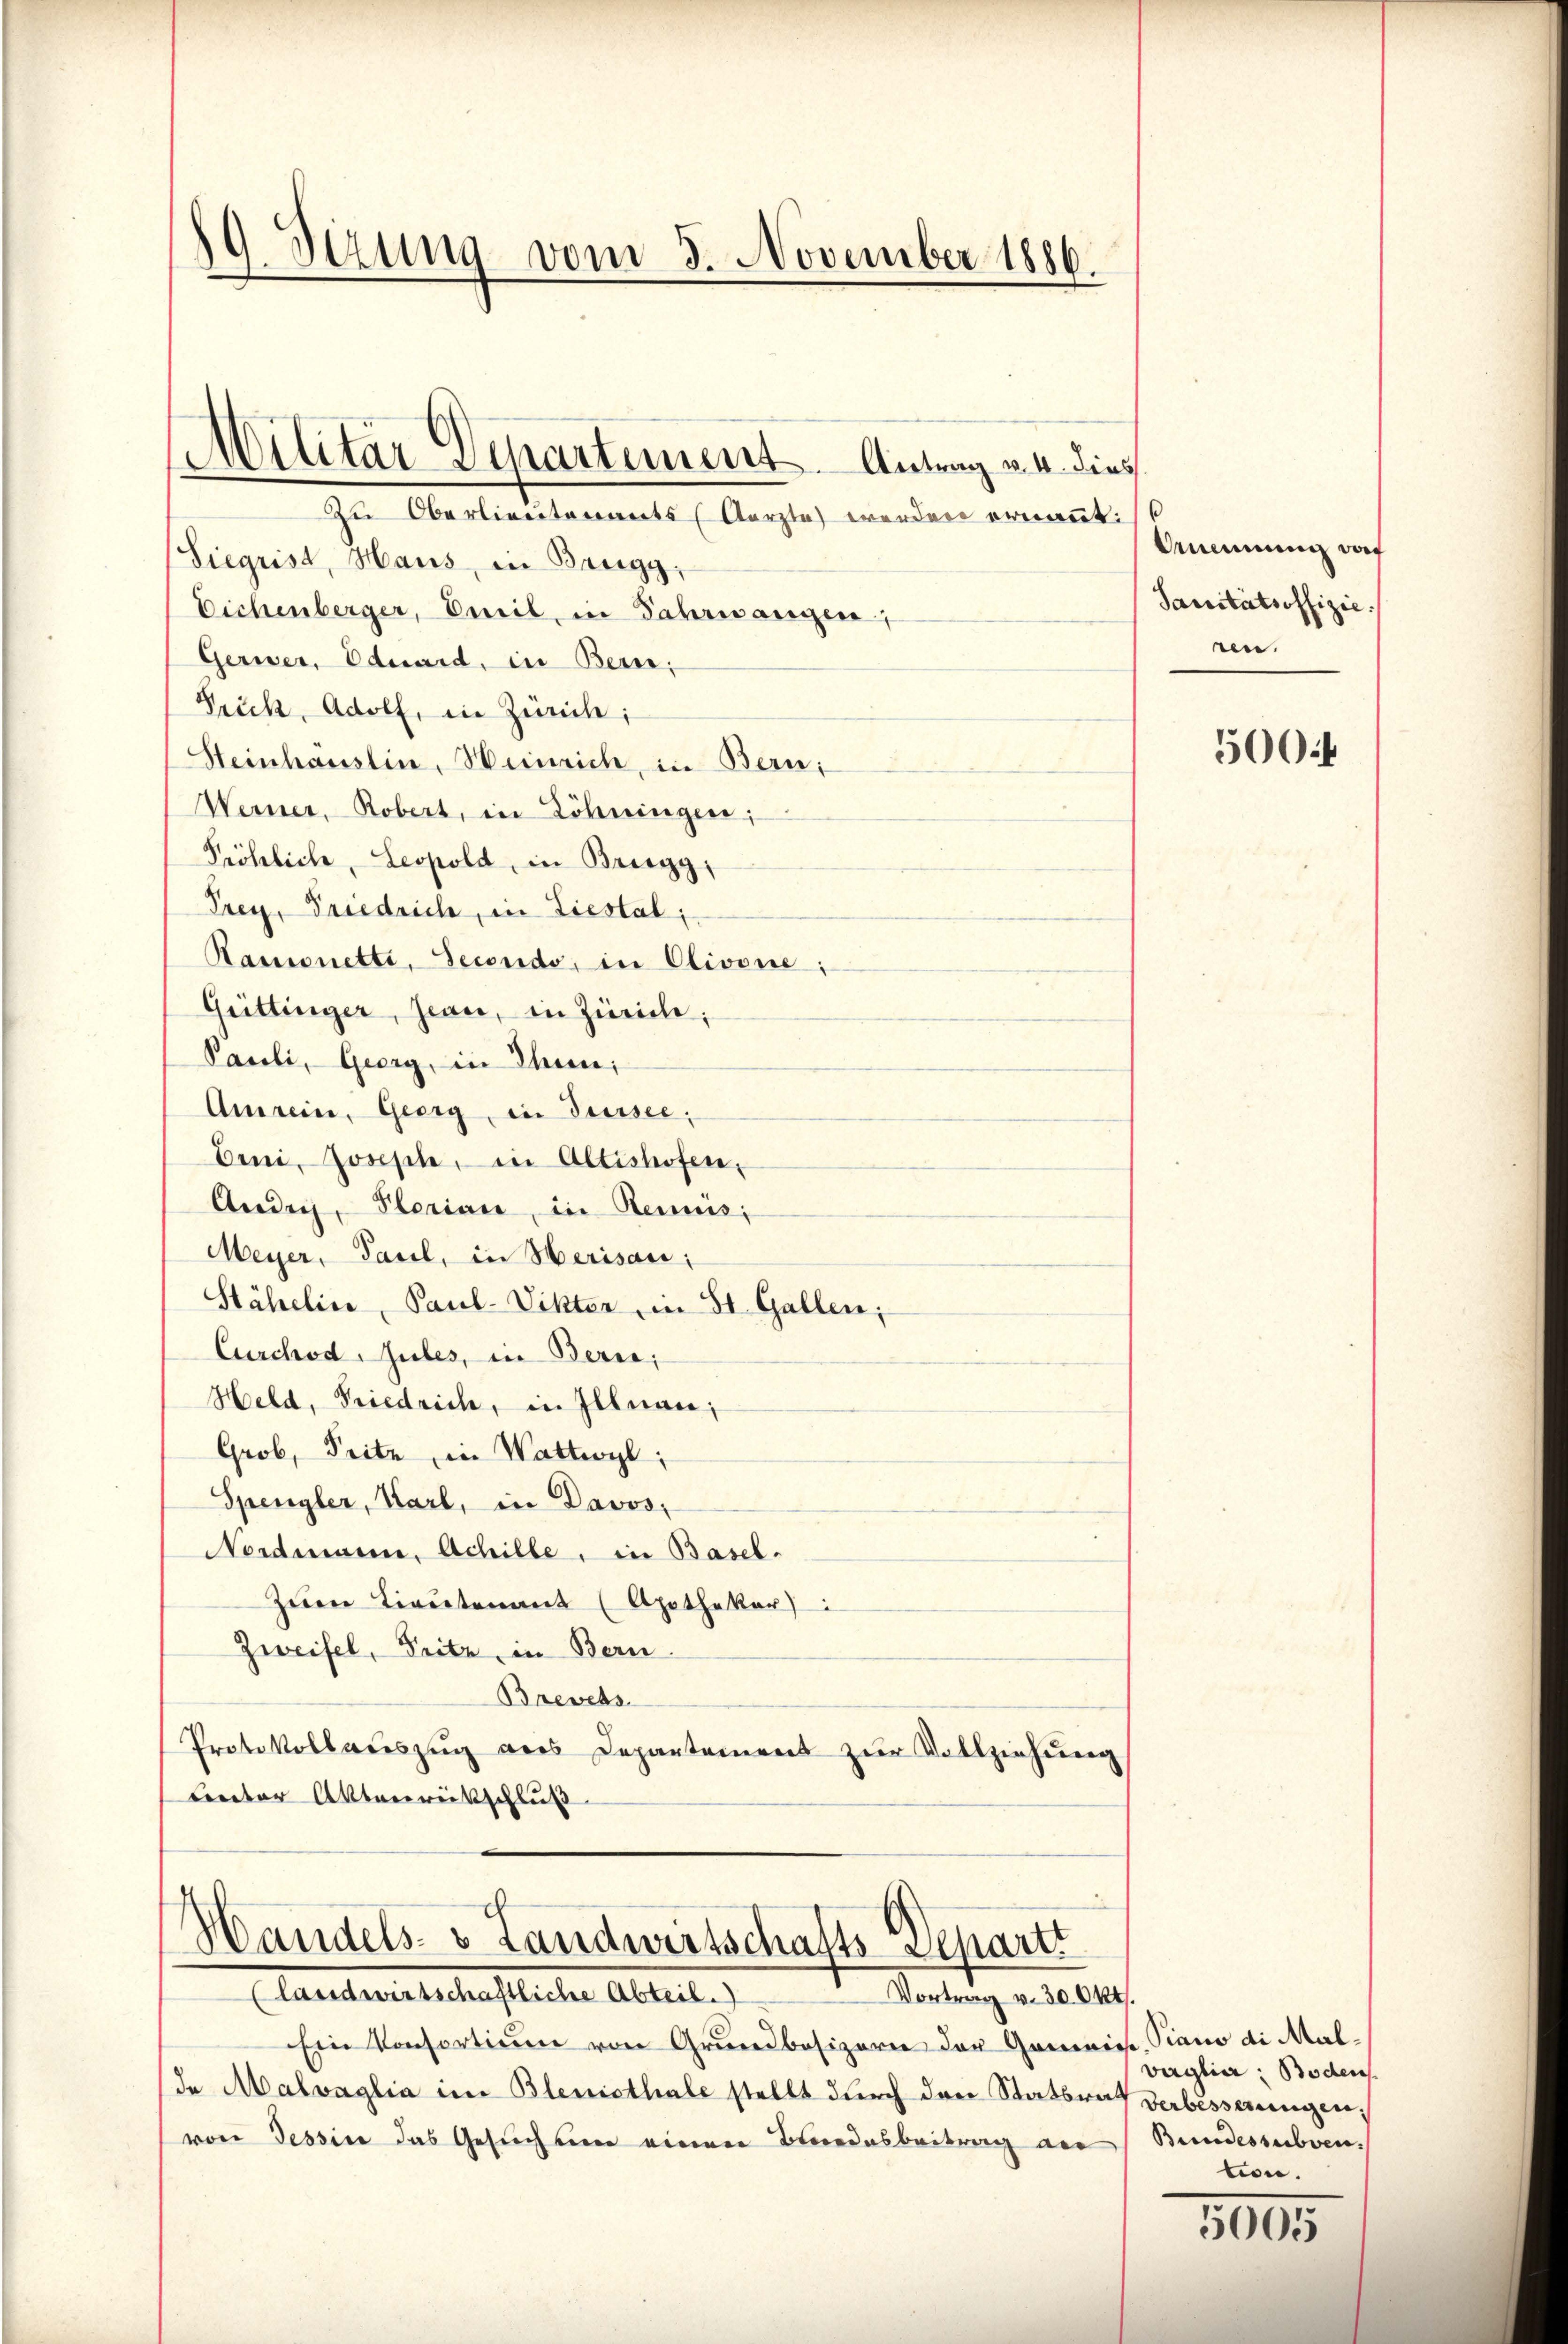
9 Sizung vom 3. November 1886.

.
lilitar Departement. Antrag u. 4. dies

Zu Oberlieutenants (Aerzte werden ernannt:
(Siegrist, Haus, in Brugg,
Eichenberger, Emil, in Jahrwangen;
Gerwer, Eduard, in Bern;
Prück, Adolf, in Zürich;
Steinhauslin, Weinrich, in Bern;
Werner, Robert, in Zöhningen;
Pröhlich, Leopold, in Bregg,
Prey, Friedrich, in Liestal
Ramonetti, Secondo, in Olivone;
Grittinger, Jean, in Zürich;
Pauli, Georg, in Thun,
Amrein, Georg, in Sursee,
Erni, Joseph, in Altishofen,
Ander, Perian, in Rennis;
Meyer, Pasel, in Herisau:
Stähelin, Paul-Vikter in St. Gallen;
Curchodules, in Bern,
Held, Friedrich, in Illnau;
Grob, Seite, in Wattwyl,
Spengler, Karl, in Davos-
Nordmann, Achille, in Basel-
Zum Lieutenant (Apothekar
Zweifel, Pritz, in Bern.
Brevets
Protokollaŭszŭg ans Departement zŭr Vollziehŭng
Crector Aktenreitschluß

Handels- & Landwirtschafts-Departi
(landwirtschaftliche Abteil.
Vortrag v. 30. 644.

Ein Konsortium von Grundbesizorn der Gommisse, Piano di Mal-
de Malvaglia im Blenisthale stellt durch den Statsrat derbesserungen,
von Tessin das Gesuchten einen Beredesbeitrag an Bundessubven.

Annung das
Sanitätsoffizie
ren.

500f

verglia, Boden
tion.

2005